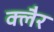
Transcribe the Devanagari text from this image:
क्लैर